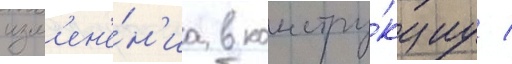
изм'ен'е́н'иа в констру́кциу /